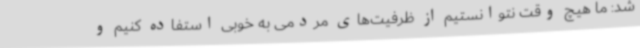
شد: ما هیچ وقت نتوانستیم از ظرفیت‌های مردمی به خوبی استفاده کنیم و